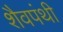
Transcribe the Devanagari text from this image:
शैवपंथी